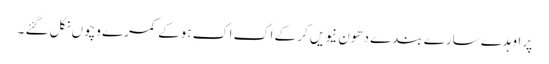
پر اوہدے سارے بندے دھون نیویں کر کے اک اک ہوکے کمرے وچوں نکل گئے ۔